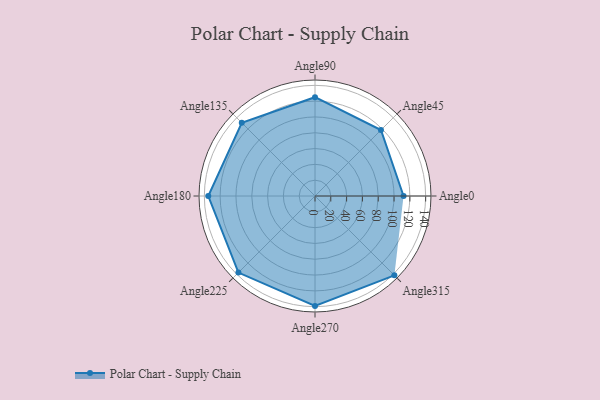
{"axis": {"x": "Angle", "y": "Radius"}, "legend": [""], "data": [{"x": "Angle0", "y": 112.0, "type": ""}, {"x": "Angle45", "y": 118.0, "type": ""}, {"x": "Angle90", "y": 125.0, "type": ""}, {"x": "Angle135", "y": 131.0, "type": ""}, {"x": "Angle180", "y": 135.0, "type": ""}, {"x": "Angle225", "y": 137.0, "type": ""}, {"x": "Angle270", "y": 139.0, "type": ""}, {"x": "Angle315", "y": 142.0, "type": ""}]}